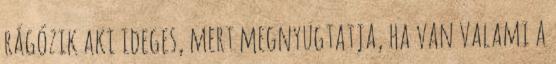
rágózik aki ideges, mert megnyugtatja, ha van valami a